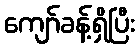
ကျော်ခန့်ရှိပြီး